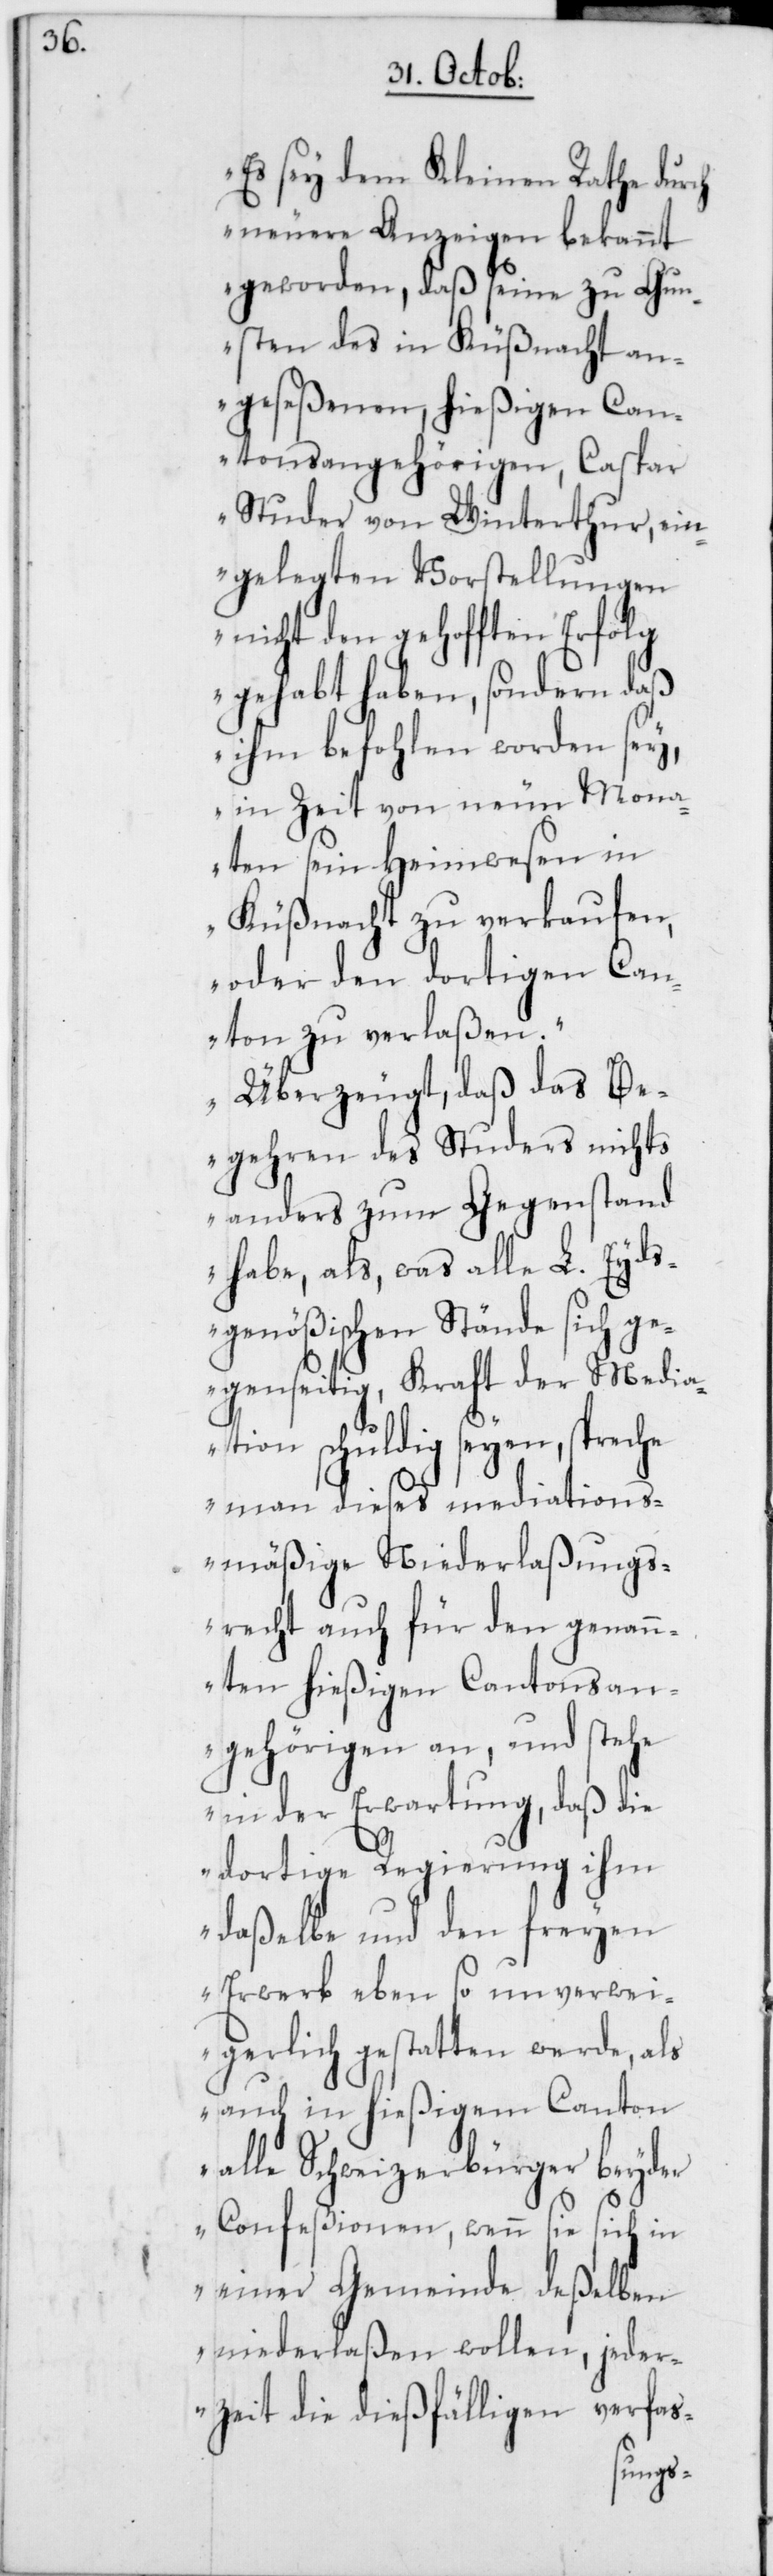
„Es sey dem Kleinen Rathe durch
neuere Anzeigen bekannt
geworden, daß seine zu Gun¬
sten des in Küßnacht an¬
geseßenen, hießigen Can¬
tonsangehörigen, Caspar
Studer von Winterthur, ein¬
gelegten Vorstellungen
nicht den gehofften Erfolg
gehabt haben, sondern daß
ihm befohlen worden sey,
in Zeit von neun Mona¬
ten sein Heimwesen in
Küßnacht zu verkaufen,
oder den dortigen Can¬
ton zu verlaßen.
Überzeugt, daß das Be¬
gehren des Studers nichts
anders zum Gegenstand
habe, als, was alle L. Eyds¬
genößischen Stände sich ge¬
genseitig, Kraft der Media¬
tion schuldig seyen, spreche
man dieses mediations¬
mäßige Niederlaßungs¬
recht auch für den genan¬
nten hießigen Cantonsan¬
gehörigen an, und stehe
in der Erwartung, daß die
dortige Regierung ihm
daßelbe und den freyen
Erwerb ebenso unverwei¬
gerlich gestatten werde, als
auch in hießigem Canton
alle Schweizerbürger beyder
Confeßionen, wenn sie sich in
einer Gemeinde deßelben
niederlaßen wollen, jeder¬
zeit die dießfälligen verfas-